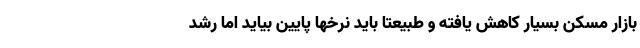
بازار مسکن بسیار کاهش یافته و طبیعتا باید نرخها پایین بیاید اما رشد